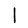
Digit: 1